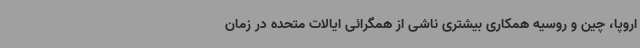
اروپا، چین و روسیه همکاری بیشتری ناشی از همگرائی ایالات متحده در زمان